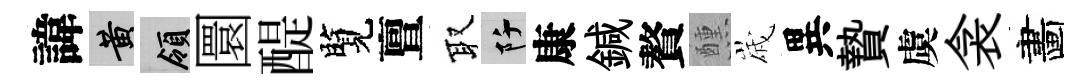
諱黄領圜醍覽亶取阡康鍼贅醺𡻕異贄虞衾畵